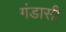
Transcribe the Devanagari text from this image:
गंडासी